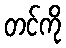
တင်ကို